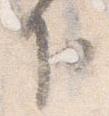
下